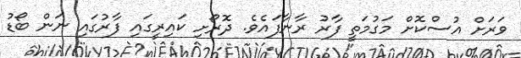
ވަރަށް އުސްކޮށް މަގުމަތީ ފާރު ރާނާފައެވެ. ދޮރޯށި ކައިރީގައި ފާރުގައި ނަން ބޯޑު